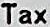
TAX